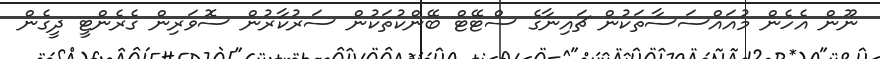
ނޫން އެހެން މުއައްސަސާތަކުން ޗައިނާގެ ސްޓޭޓް ބޭންކުތަކުން ސަރުކާރުން ސޮވަރިން ގެރެންޓީ ދީގެން